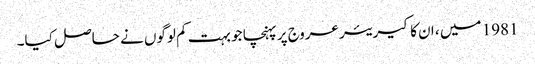
1981 میں ، ان کا کیریئر عروج پر پہنچا جو بہت کم لوگوں نے حاصل کیا۔